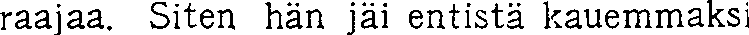
raajaa. Siten hän jäi entistä kauemmaksi